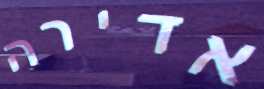
אדירה